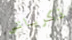
ذكرياتي